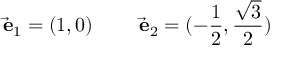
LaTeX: \vec { \mathrm { \bf ~ e } } _ { 1 } = ( 1 , 0 ) \qquad \vec { \mathrm { \bf ~ e } } _ { 2 } = ( - { \frac { 1 } { 2 } } , { \frac { \sqrt { 3 } } { 2 } } )